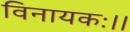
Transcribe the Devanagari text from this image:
विनायकः।।